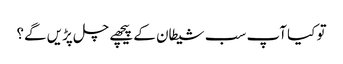
تو کیا آپ سب شیطان کے پیچھے چل پڑیں گے؟